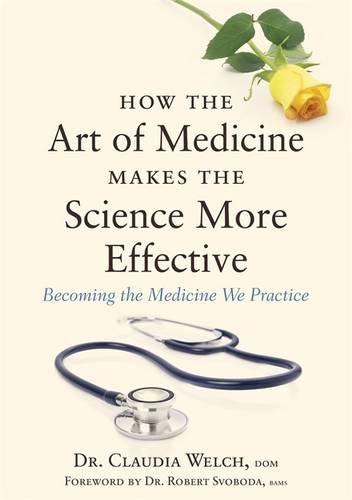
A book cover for How the Art of Medicine Makes the Science More Effective: Becoming the Medicine We Practice; Claudia Welch; Medical Books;